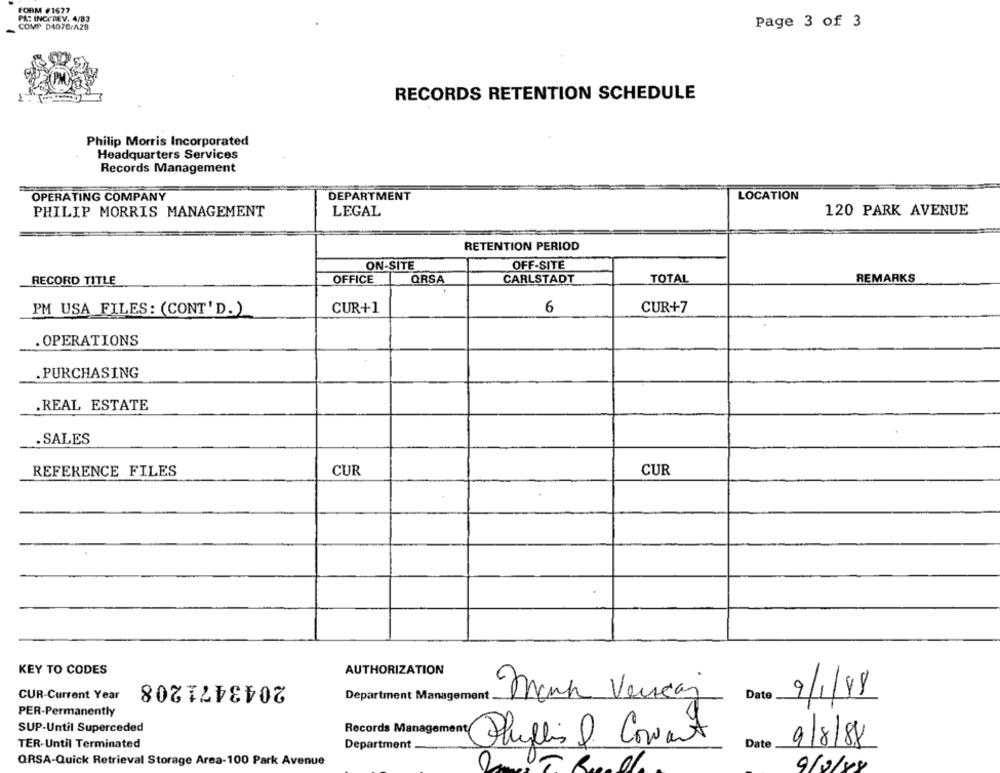
FORM #1677
PAT INCCREV. 4/03
Page 3 of 3
COMP 04076/A28
RECORDS RETENTION SCHEDULE
Philip Morris Incorporated
Headquarters Services
Records Management
OPERATING COMPANY
DEPARTMENT
LOCATION
PHILIP MORRIS MANAGEMENT
LEGAL
120 PARK AVENUE
RETENTION PERIOD
ON-SITE
OFF-SITE
QRSA
CARLSTADT
REMARKS
RECORD TITLE
OFFICE
TOTAL
CUR+1
6
CUR+7
PM USA FILES: (CONT'D.)
. OPERATIONS
.PURCHASING
.REAL ESTATE
.SALES
REFERENCE FILES
CUR
CUR
KEY TO CODES
AUTHORIZATION
2043471208
CUR-Current Year
Department Management
9/1/18
Mark Vendaj
Date
PER-Permanently
SUP-Until Superceded
Records Managemen
TER-Until Terminated
Phyllis & Cowant
Department
Date 9/8/88
Date
QRSA-Quick Retrieval Storage Area-100 Park Avenue
2
9/2/88